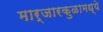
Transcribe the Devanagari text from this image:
मार्जारकुळामध्ये